Lunatic asylums Bombay report 1891-1903 - 1891-1903
Year: 1891
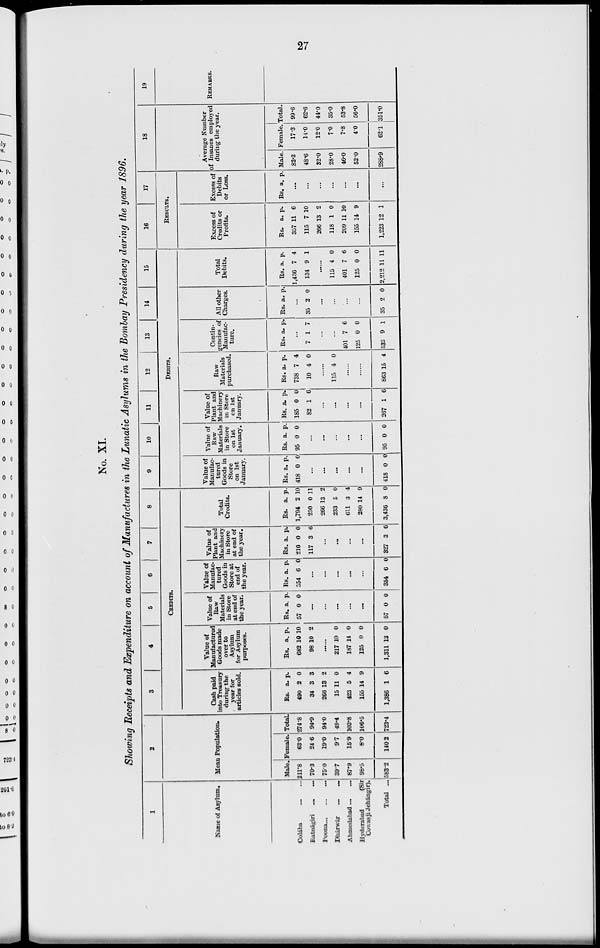
27
No. XI.
Showing Receipts and Expenditure on account of Manufactures in the Lunatic Asylums in the Bombay Presidency during the year 1896,
1
Name of Asylum.
Colba ... ...
Ratngiri
...
...
Poona
...
...
Dhrwr ... ...
Ahmedabad ... ...
Hyderabad
(Sir
Cowasji Jehngir).
Total ...
2
Mean Population.
Male.
211.8
70.3
75.0
39.7
87.9
98.5
583.2
Female.
630
24.6
19.0
9.7
15.9
8.0
140.2
Total.
274.8
94.9
94.0
49.4
103.8
106.5
723.4
3
4
5
6
7
8
CREDITS.
Cash paid
into Treasury
during the
year for
articles sold.
Rs
490
34
266
15
423
155
1,386
a.
2
3
13
11
5
14
1
p.
0
3
2
0
4
9
6
Value of
Manufactured
Goods made
over to
Asylum
for Asylum
purposes.
Rs.
682
98
a.
10
10
p.
10
2
......
217
187
125
1,311
10
14
0
13
0
0
0
0
Value of
Raw
Materials
in Store
at end of
the year.
Rs.
57
a.
0
p.
0
...
...
...
...
...
57 0 0
Value of
Manufac-
tured
Goods in
Store at
end of
the year.
Rs.
354
a.
6
p.
0
...
...
...
...
...
354 6 0
Value of
Plant and
Machinery
in Store
at end of
the year.
Rs.
210
117
a.
0
3
p.
0
6
...
...
...
...
327 3 6
Total
Credits.
Rs.
1,794
250
266
233
611
280
3,436
a.
2
0
13
5
3
14
8
p.
10
11
2
0
4
9
0
9
10
11
12
13
14
15
DEBITS.
Value of
Manufac-
tured
Goods in
Store
on 1st
January.
Rs.
418
a.
0
p.
0
...
...
...
...
...
418 0 0
Value of
Raw
Materials
in Store
on 1st
January.
Rs.
95
a.
0
p.
0
...
...
...
...
...
95 0 0
Value of
Plant and
Machinery
in Store
on 1st
January.
Rs.
185
82
a.
0
1
p.
0
6
...
...
...
...
267 1 6
Raw
Materials
purchased.
Rs.
738
10
a.
7
4
p.
4
0
......
115 4 0
......
......
863 15 4
Contin-
gencies of
Manufac-
ture.
Rs. a. p.
...
7 1 7
......
......
401
125
533
7
0
9
6
0
1
All other
Charges.
Rs. a. p.
...
35 2 0
...
...
...
...
35 2 0
Total
Debits.
Rs.
1,436
134
a.
7
9
p.
4
1
......
115
401
125
2,212
4
7
0
11
0
6
0
11
16
17
RESULTS.
Excess of
Credits or
Profits.
Rs.
357
115
266
118
209
155
1,223
a.
11
7
13
1
11
14
12
p.
6
10
2
0
10
9
1
Excess of
Debits
or Loss.
Rs. a. p.
...
...
...
...
...
...
...
18
Average Number
of Insanes employed
during the year.
Male.
82.3
48.6
32.0
28.0
46.0
52.0
288.9
Female.
17.3
14.0
12.0
7.0
7.8
4.0
62.1
Total.
99.6
62.6
44.0
35.0
53.8
56.0
351.0
19
REMARKS.